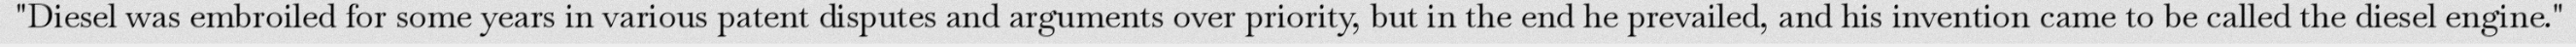
"Diesel was embroiled for some years in various patent disputes and arguments over priority, but in the end he prevailed, and his invention came to be called the diesel engine."